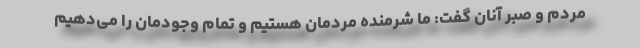
مردم و صبر آنان گفت: ما شرمنده مردمان هستیم و تمام وجودمان را می‌دهیم